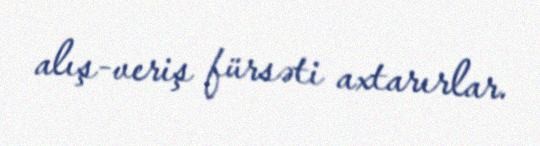
alış-veriş fürsəti axtarırlar.